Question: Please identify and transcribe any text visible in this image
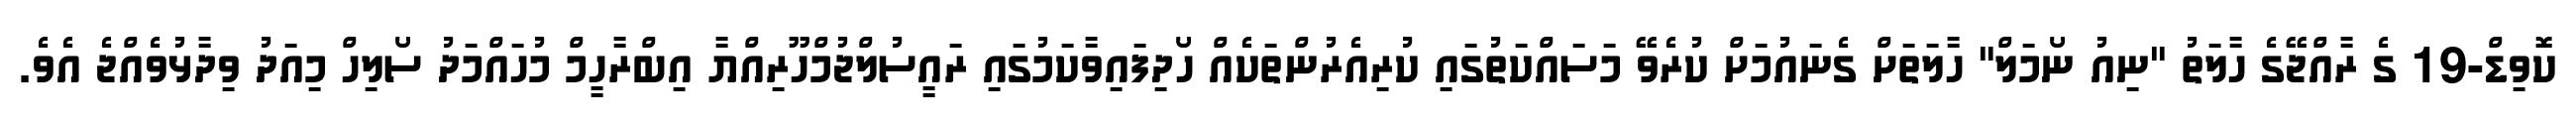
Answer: ކޮވިޑް-19 ގެ ރާއްޖޭގެ ހާލަތު "ނިއު ނޯމަލް" ހާލަތަށް ގެނައުމަށް ކުރެވޭ މަސައްކަތުގައި ކުރިއެރުންތަކެއް ހޯދިފައިވާކަމުގައި ރައީސުލްޖުމްހޫރިއްޔާ އިބްރާހީމް މުހައްމަދު ސޯލިހް މިއަދު ވިދާޅުވެއްޖެ އެވެ.